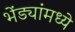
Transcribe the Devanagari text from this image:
भेंड्यांमध्ये